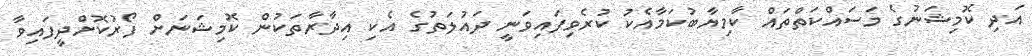
އަދި ކޮމިޝަނުގެ މަސައްކަތްތައް ކާމިޔާބުކަމާއެކު ކުރެވިފައިވަނީ ދައުލަތުގެ އެކި އިދާރާތަކުން ކޮމިޝަނަށް ފޯރުކޮށްދީފައިވާ